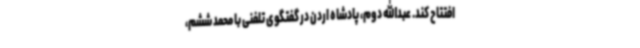
افتتاح کند. عبدالله دوم، پادشاه اردن در گفتگوی تلفنی با محمد ششم،